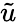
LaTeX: \tilde{u}